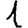
Digit: 1